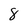
Character: 8